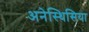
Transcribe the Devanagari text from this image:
अनेस्थिसिया